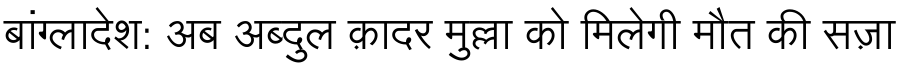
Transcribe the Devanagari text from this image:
बांग्लादेश: अब अब्दुल क़ादर मुल्ला को मिलेगी मौत की सज़ा